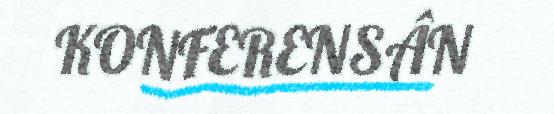
KONFERENSÂN